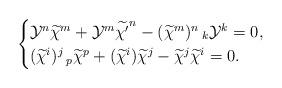
LaTeX: \begin{align*}\begin{cases}\mathcal{Y}^{n}\widetilde{\chi}^{m}+\mathcal{Y}^{m}\widetilde{\chi'}^{n}-(\widetilde{\chi}^{m})^{n}\,_{k}\mathcal{Y}^{k}=0,\cr(\widetilde{\chi}^{i})^{j}\,_{p}\widetilde{\chi}^{p}+(\widetilde{\chi}^{i})\widetilde{\chi}^{j}-\widetilde{\chi}^{j}\widetilde{\chi}^{i}=0.\end{cases}\end{align*}